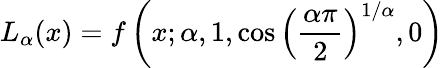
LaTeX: L_{\alpha}(x)=f\left(x;\alpha,1,\cos\left({\frac{\alpha\pi}{2}}\right)^{1/\alpha},0\right)